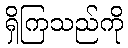
ရှိကြသည်ကို